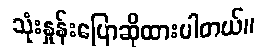
သုံးနှုန်းပြောဆိုထားပါတယ်။